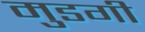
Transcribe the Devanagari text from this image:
मुडगी